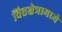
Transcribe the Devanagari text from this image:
वित्तक्षेत्रामध्ये